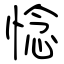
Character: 惗